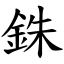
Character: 銖